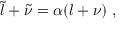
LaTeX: \widetilde { l } + \widetilde { \nu } = \alpha ( l + \nu ) \; ,